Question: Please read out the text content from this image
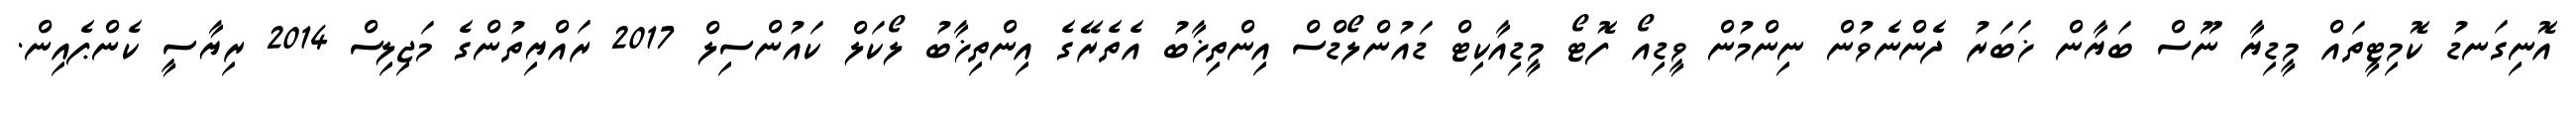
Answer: އޮނިގަނޑު ކޮމިޓީތައް މީޑިޔާ ނޫސް ބަޔާން ޚަބަރު ދެންނެވުން ނިންމުން ވީޑިއޯ ފޮޓޯ މީޑިއާކިޓް ޑައުންލޯޑްސް އިންތިޚާބު އެތެރޭގެ އިންތިޚާބު ލޯކަލް ކައުންސިލް 2017 ރައްޔިތުންގެ މަޖިލިސް 2014 ރިޔާސީ ކެންޕެއިން.